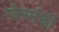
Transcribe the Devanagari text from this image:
नोरमंडी